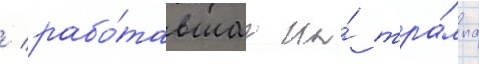
/ рабо́тавшаа на́ тра́мпа